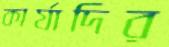
কার্যাদির